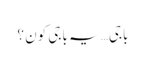
باجی… یہ باجی کون ؟